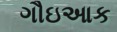
ગૌઇઆક